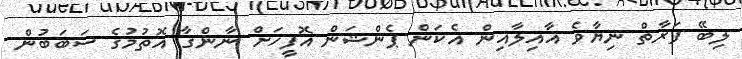
ލިބޭ ފަރާތް ނިޔާވެ އާއިލާއިން އެކަން ޕެންޝަން އޮފީހަށް ނާންގާ އޮތުމުގެ ސަބަބުން